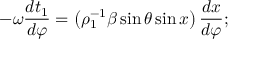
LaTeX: - \omega \frac { d t _ { 1 } } { d \varphi } = \left( \rho _ { 1 } ^ { - 1 } \beta \sin \theta \sin x \right) \frac { d x } { d \varphi } ;